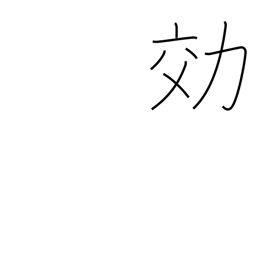
Meaning: efficiency